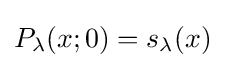
P_{\lambda }(x;0)=s_{\lambda }(x)